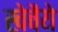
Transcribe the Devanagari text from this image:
खेवैये